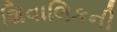
શિવાલિકની